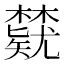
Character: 𬅃